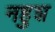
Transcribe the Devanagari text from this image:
नहुश